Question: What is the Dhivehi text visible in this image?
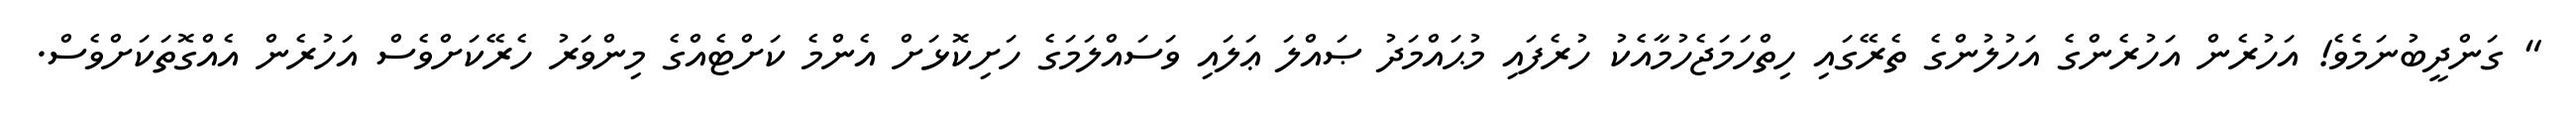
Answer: " ގަންދީބުނަމެވެ! އަހުރެން އަހުރެންގެ އަހުލުންގެ ތެރޭގައި ހިތްހަމަޖެހުމާއެކު ހުރެފައި މުޙައްމަދު ޞައްލަ ޢަލައި ވަސައްލަމަގެ ހަށިކޮޅަށް އެންމެ ކަށްޓެއްގެ މިންވަރު ހެރޭކަށްވެސް އަހުރެން އެއްގޮތަކަށްވެސް.